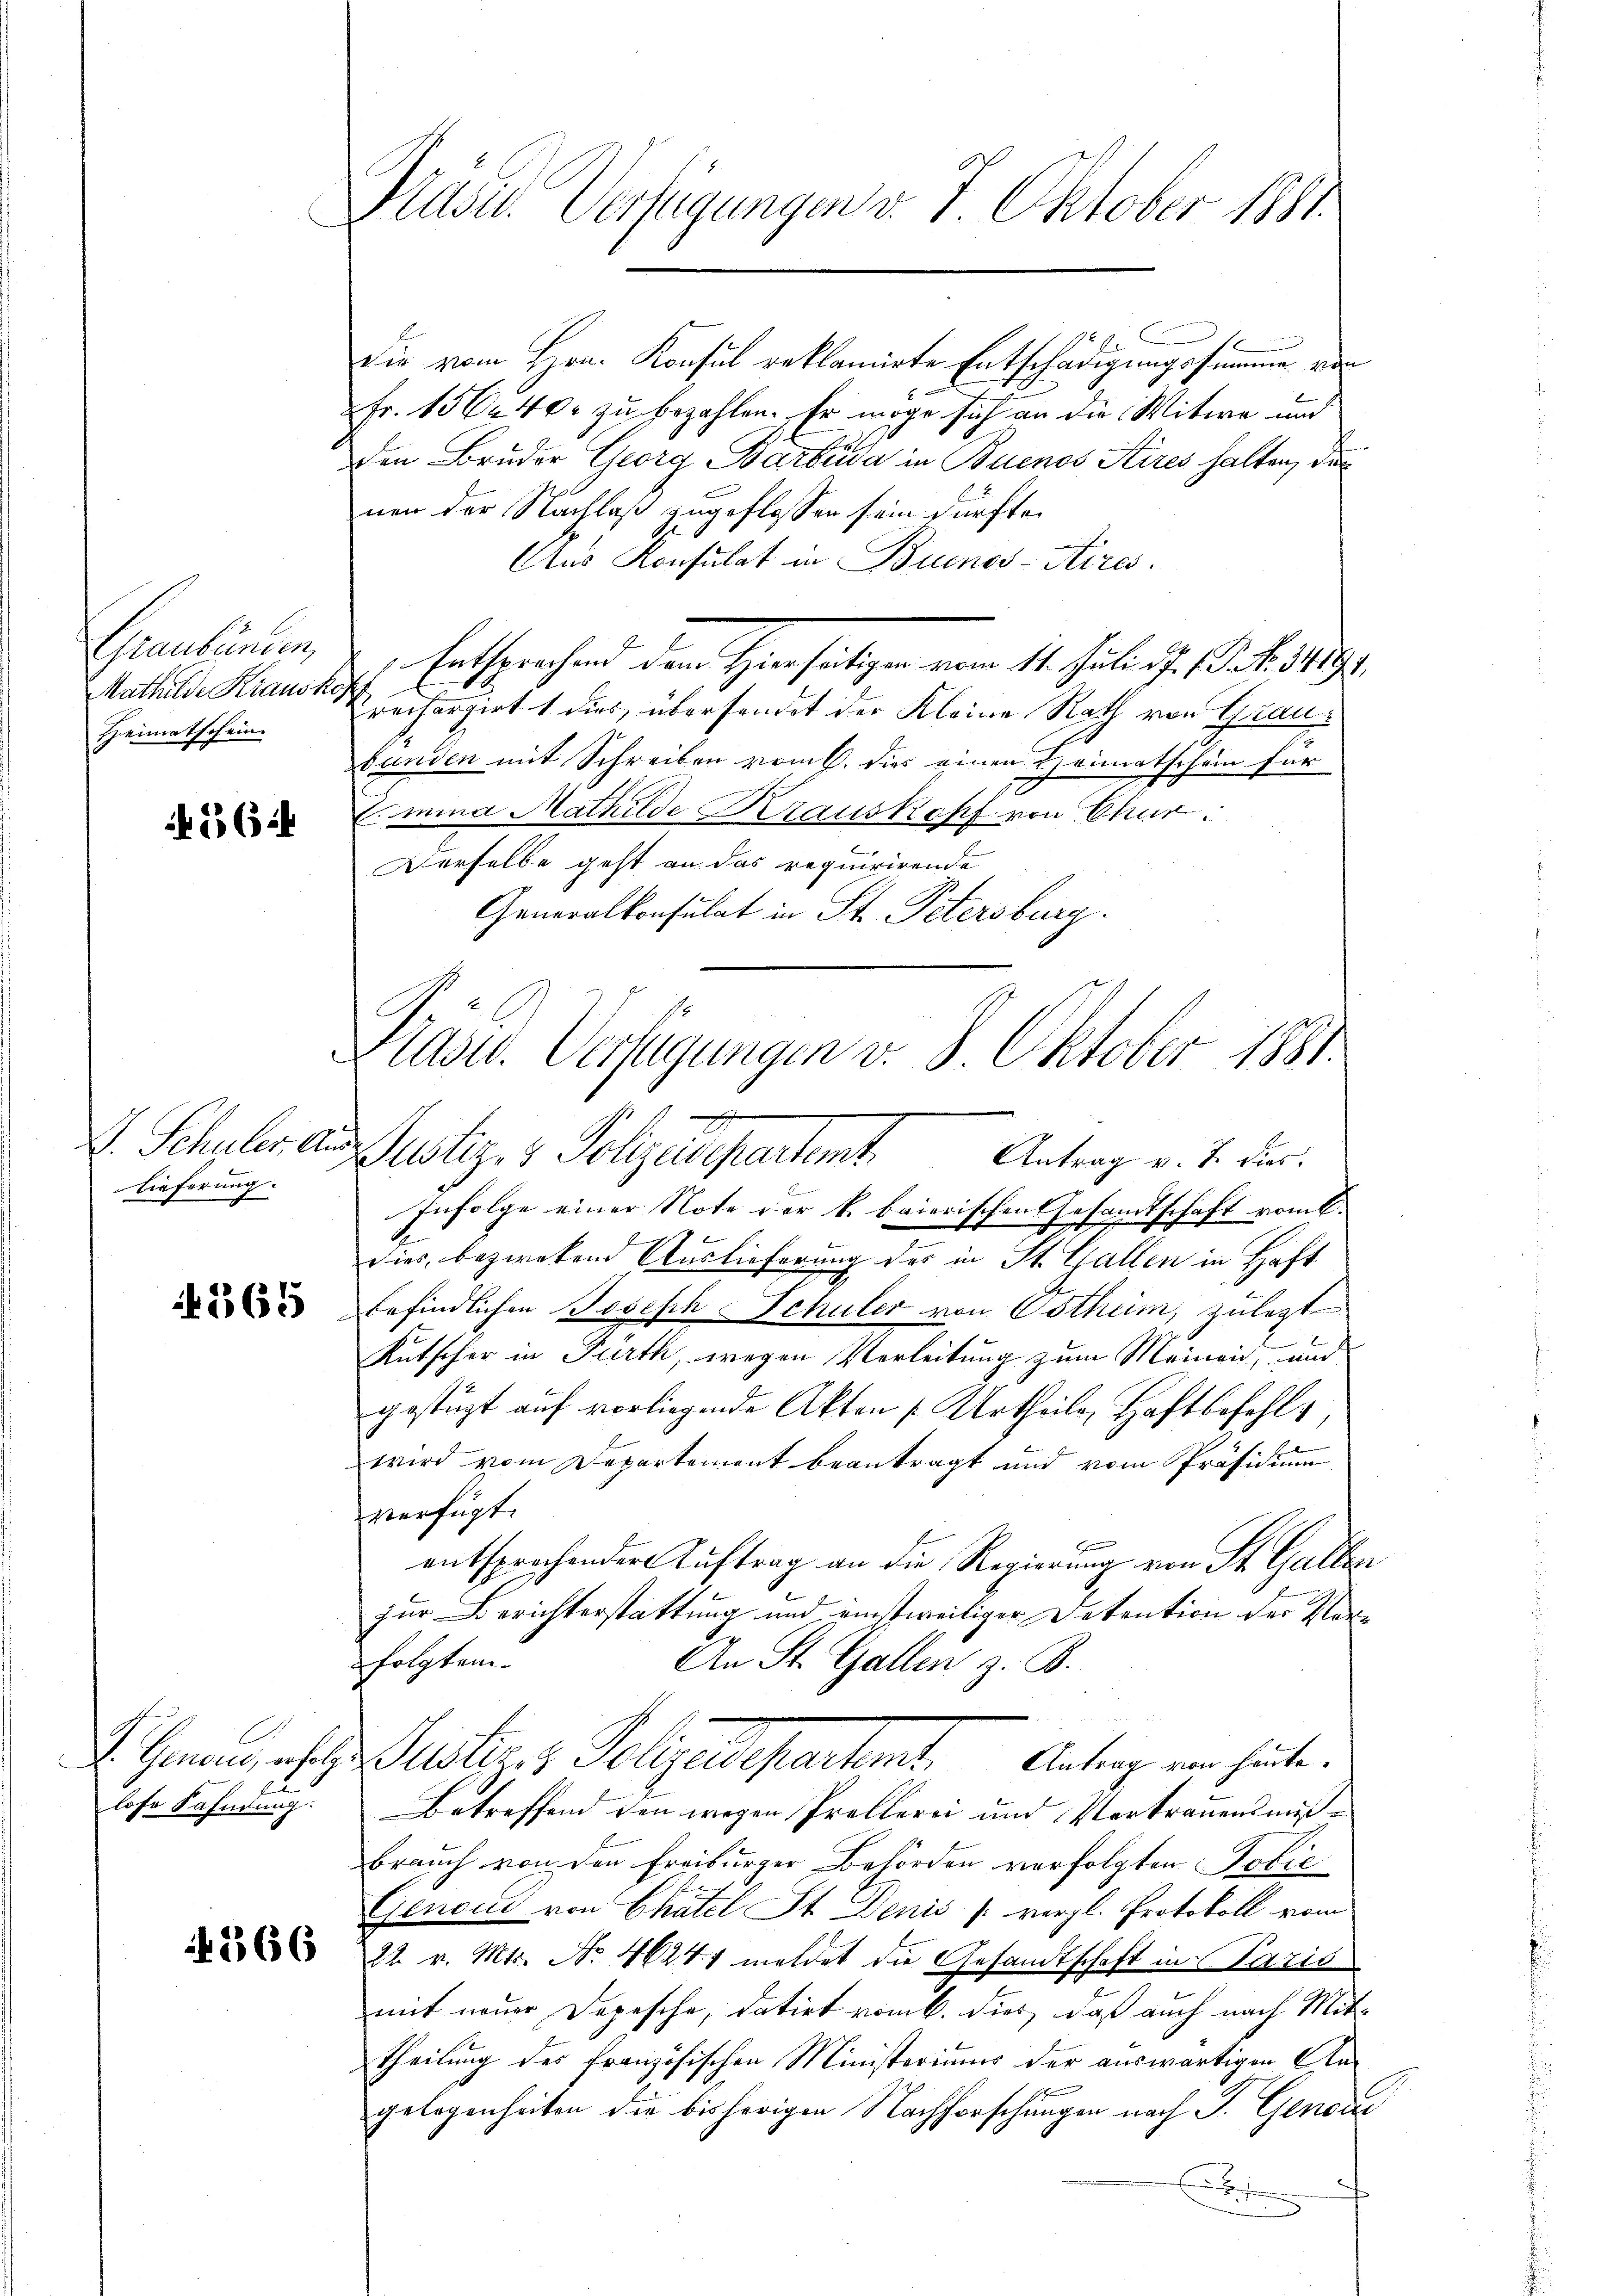
Graubünden,
Mathilde Krausk
Heimatscheine

265

V. Schuler. An
Lieferung.

4365

lose Fahndung.

366

Hasu. Verfügungen v. 7. Oktober 1881

Präsid. Verfügungen v. 8. Oktober 1881.
u

Die vom Hrn. Konsul reklamirte Entschädigungssumme von
Fr. 1562 40. zu bezahlen. Er möge sich an die Witwe und
den Bruder Georg Barbada in Buenos Kires halten, die
nen der Nachlaß zugeflossen sein dürfte.
Aus Konsulat in Buenos-Kires.
Entsprechend dem Hiersätigen vom 11. Juli . . . . 493.
reifargirt. 1 dies, übersendet der Kleine Rath von Graubunden mit Schreiben vom 6. dies einen Heimatschein für
Emina Mathilde Krauskopf von Char
Derselbe geht an das requirirende
Generalkonsulat in St. Petersburg.
Justiger Polizeipartent Antrag v. 2. Fur¬
Infolge einer Note der k. baierischen Gesandtschaft vom 6.
dies beziehend Auslieferung des in St. Gallen in Haft
befindlichen Joseph Schuler von Estheim, zulezt
Kutscher in Fürth, wegen Verleitung zum Meinen, und
gestüzt auf vorliegende Akten Urtheile, Haftbefehls,
wird vom Departement beantragt und vom Präsidium
verfügt:
entsprochender Auftrag an die Regierung von St. Galler
zur Berichterstattung und einstweiliger Detention der Verfolgten.
An St. Gallen z. B.
. Gener ansehe Justiz & Polizeidepartant. Antrag von heute.
Betreffend den wegen Prollerei und Vertrauensmäßbrauch von den Freiburger Behörden verfolgten Tobie
Gendii von Chatel St. Denis /: vergl. Protokoll vom
22. v. Mts. No. 4624 meldet die Gesandtschaft in Paris
mit neuer Depesche, datirt vom 6. dies, daß auch nach Mittheilung des französischen Ministeriums der auswärtigen Nagelegenheiten die bisherigen Nachforschungen nach J. Genodie
x

i